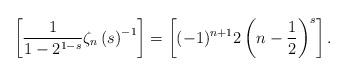
LaTeX: \begin{gather*} \left[ \frac{1}{1-2^{1-s}} \zeta_n\left(s\right)^{-1} \right] = \left[(-1)^{n+1} 2\left(n-\frac{1}{2}\right)^{s}\right]. \end{gather*}